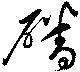
磻